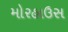
મોરહાઉસ